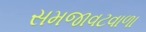
સમજાવટવાળા